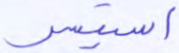
استيسر